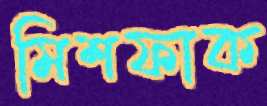
মিশফাক